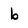
Character: b